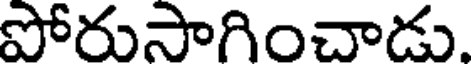
పోరుసాగించాడు.